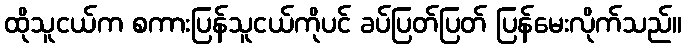
ထိုသူငယ်က စကားပြန်သူငယ်ကိုပင် ခပ်ပြတ်ပြတ် ပြန်မေးလိုက်သည်။